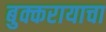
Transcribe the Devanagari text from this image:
बुक्करायाचा